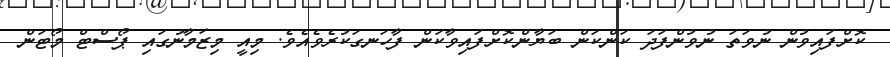
ކޮށްފައިވުން ނުވަތަ ނުވުންފަދަ ކަންކަން ބަޔާންކޮށްފައިވާކަން ފާހަނގަކުރެވެއެވެ. މިއީ މިޒަމާނުގައި ޕޯސްޓް މޯޓަން